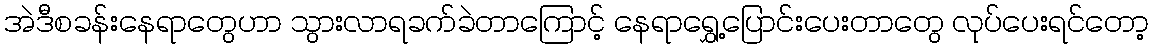
အဲဒီစခန်းနေရာတွေဟာ သွားလာရခက်ခဲတာကြောင့် နေရာရွှေ့ပြောင်းပေးတာတွေ လုပ်ပေးရင်တော့